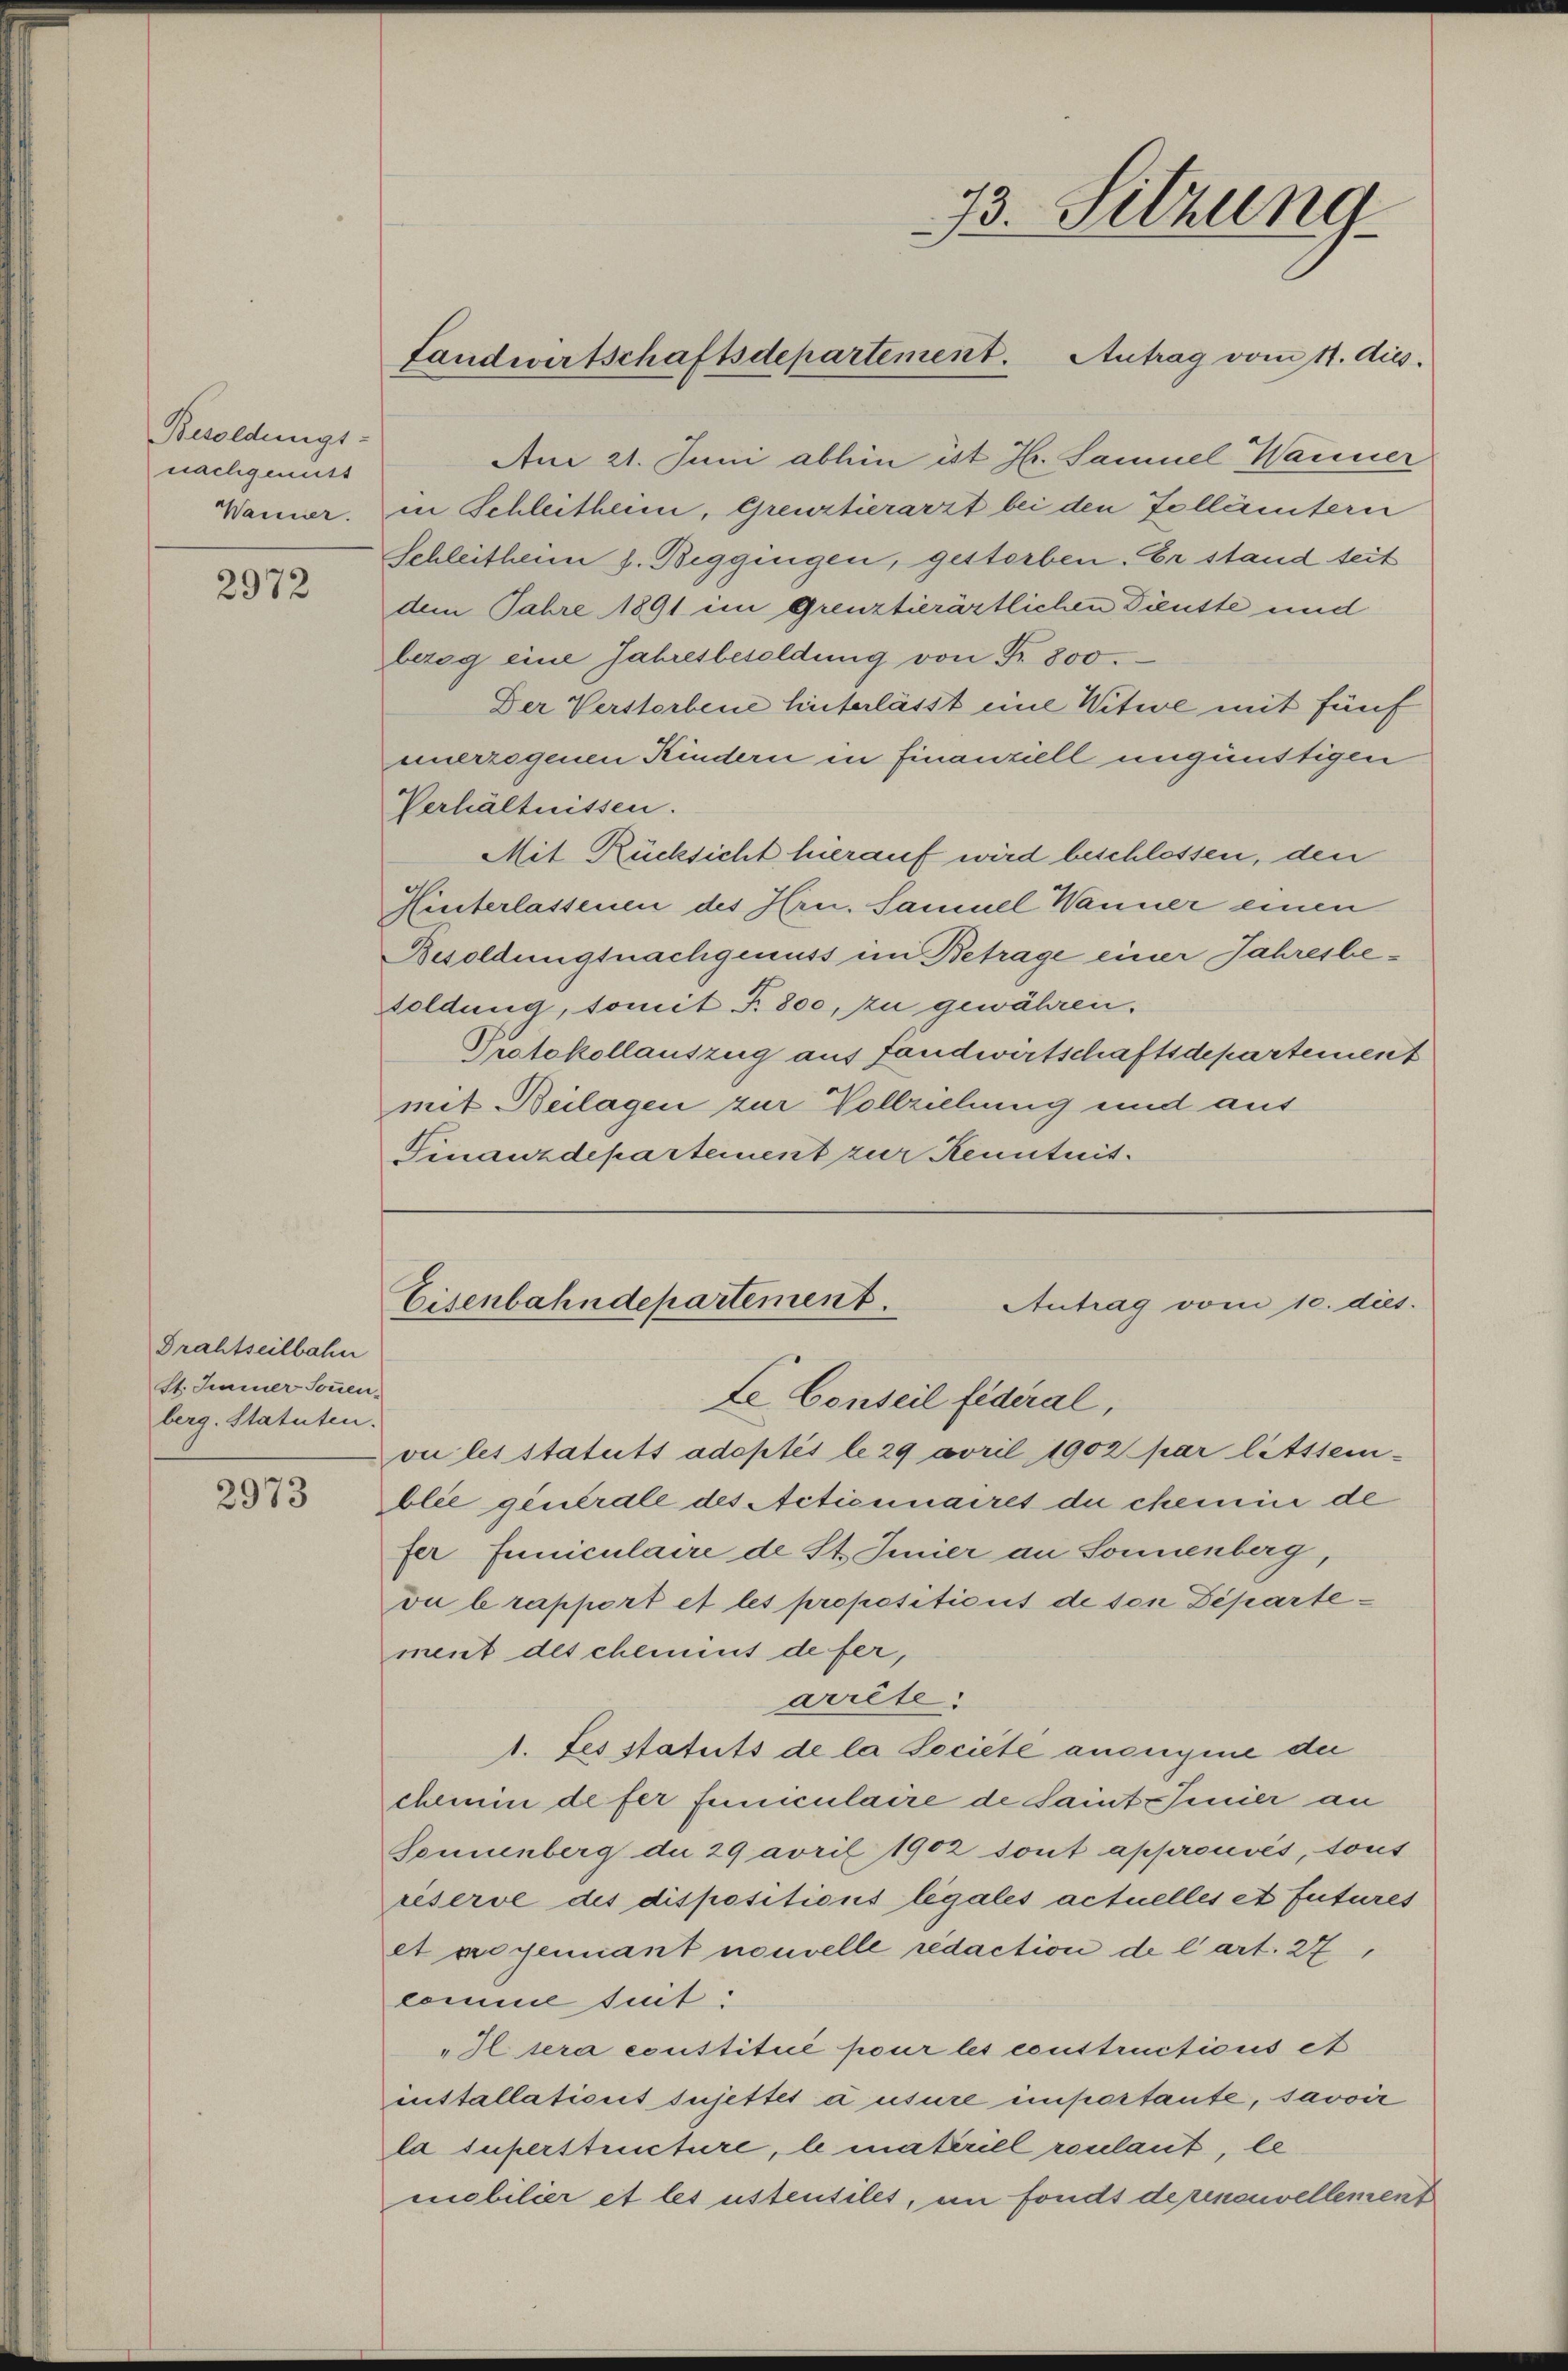
Besoldungs-
nachgemutt
Wanner.

2972

Drahtseilbahn
St. Immer Sonnen.
berg. Statuten.

2973

73. Sitzung
Landwirtschaftsdepartement. Antrag vom 11. Aus

An 21. Juni abhin ist Hr. Samuel Wanner
in Schleitheim, Grenztierarzt bei den Tollämtern
Schleitheim s. Beggingen, gestorben. Er stand seit
dem Jahre 1891 im Grenztierärtlichen Dienste und
bezog eine Jahresbesoldung von Fr. 800.
Der Verstorbene hinterlässt eine Witwe mit fünf
unerzogenen Kindern in finanziell ungünstigen
Verhältnissen.
Mit Rücksicht hierauf wird beschlossen, den
Hinterlassenen des Hrn. Samuel Wanner einen
Besoldungsnachgenuss im Betrage einer Jahresbesoldung, somit F. 800, zu gewähren.
Protokollauszug aus fandwirtschaftsdepartement
mit Beilagen zur Vollziehung und aus
Finanzdepartement zur Kenntnis.

Eisenbahndepartement.
Antrag vom 10. dies.
Le Conseil fédéral,

vie les statuts adoptés le 29 avril 1902 par litttem-
blie generale des Actionnaires de chemin de
fer Juniculaire de St. Jmier an Sonnenberg,
vu b rapport et les propositicit de son Departement des chemint de fer,
arrête.
1. Les statuts de la Societe ansegne der
chemin de fer funiculaire de Saint Pinier an
Sonnenberg d. 29 avril 1902 sont approuvés, tous
reserve des dispositions légales actuelles et futures
et wegennant nouvelle redaction de l’art. 27,
comme suit:
"Il sera coustitué pour les coustructions et
installationis sujettes à usure importante, savoir
la superstructure, le materill roulant, le
mobilier et les ustensiles, an fonds dereneuvellement